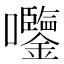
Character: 𫭀